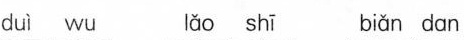
duì wu lǎo shī biǎn dan